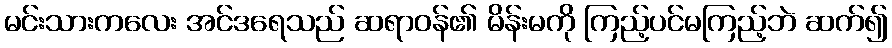
မင်းသားကလေး အင်ဒရေသည် ဆရာဝန်၏ မိန်းမကို ကြည့်ပင်မကြည့်ဘဲ ဆက်၍